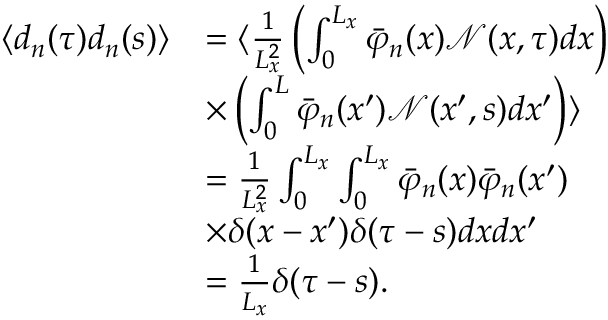
\begin{array} { r l } { \langle d _ { n } ( \tau ) d _ { n } ( s ) \rangle } & { = \langle \frac { 1 } { L _ { x } ^ { 2 } } \left( \int _ { 0 } ^ { L _ { x } } \bar { \varphi } _ { n } ( x ) \mathcal { N } ( x , \tau ) d x \right) } \\ & { \times \left( \int _ { 0 } ^ { L } \bar { \varphi } _ { n } ( x ^ { \prime } ) \mathcal { N } ( x ^ { \prime } , s ) d x ^ { \prime } \right) \rangle } \\ & { = \frac { 1 } { L _ { x } ^ { 2 } } \int _ { 0 } ^ { L _ { x } } \int _ { 0 } ^ { L _ { x } } \bar { \varphi } _ { n } ( x ) \bar { \varphi } _ { n } ( x ^ { \prime } ) } \\ & { \times \delta ( x - x ^ { \prime } ) \delta ( \tau - s ) d x d x ^ { \prime } } \\ & { = \frac { 1 } { L _ { x } } \delta ( \tau - s ) . } \end{array}